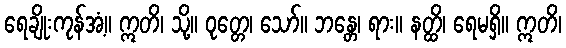
ရေချိုးကုန်အံ့။ ဣတိ၊ သို့။ ဝုတ္တေ၊ သော်။ ဘန္တေ၊ ရား။ နတ္ထိ၊ ရေမရှိ။ ဣတိ၊